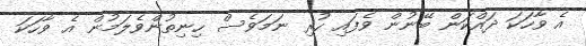
އެ ވާހަކަ ދައްކަން ބޭނުން ވެފައި ހުރި ނަމަވެސް ހިނިތުންވެލަމުން އެ ވާހަކަ